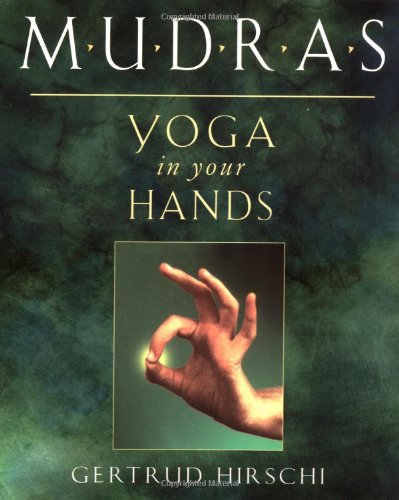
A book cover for Mudras: Yoga in Your Hands; Gertrud Hirschi; Health, Fitness & Dieting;